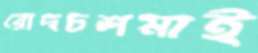
রোদচশমাই